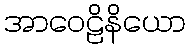
အာဝေဠိနိယော